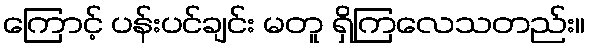
ကြောင့် ပန်းပင်ချင်း မတူ ရှိကြလေသတည်း။